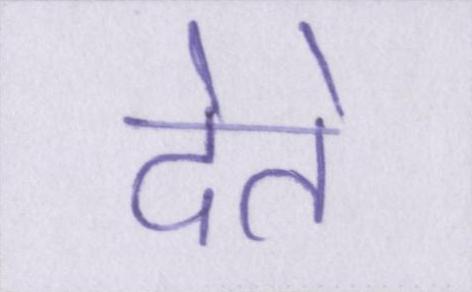
देते